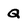
Character: Q